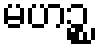
မဟဉ္စ